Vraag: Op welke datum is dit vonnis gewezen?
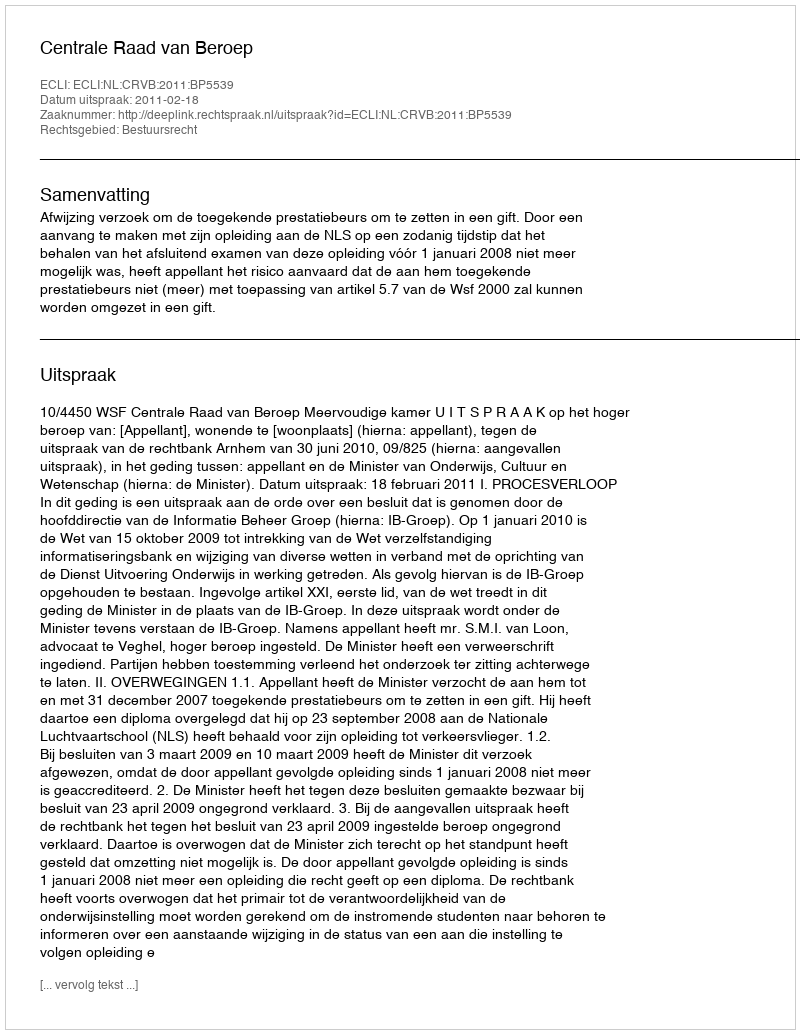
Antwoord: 2011-02-18